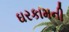
ઘરકામની